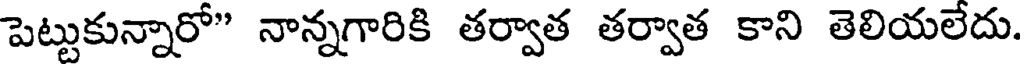
పెట్టుకున్నారో" నాన్నగారికి తర్వాత తర్వాత కాని తెలియలేదు.